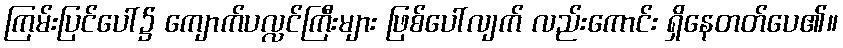
ကြမ်းပြင်ပေါ်၌ ကျောက်ပလ္လင်ကြီးများ ဖြစ်ပေါ်လျက် လည်းကောင်း ရှိနေတတ်ပေ၏။